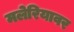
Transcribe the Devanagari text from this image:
मलेरियावर